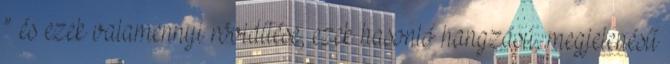
” és ezek valamennyi rövidítése, ezek hasonló hangzású, megjelenésű